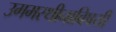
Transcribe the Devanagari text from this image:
उगमस्थीनाविषयी